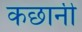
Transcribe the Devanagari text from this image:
कछानी